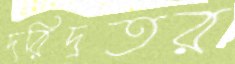
দরিদ্রতর